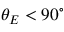
\theta _ { E } < 9 0 ^ { \circ }